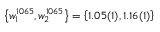
\left\{ w _ { 1 } ^ { 1 0 6 5 } , w _ { 2 } ^ { 1 0 6 5 } \right\} = \left\{ 1 . 0 5 ( 1 ) , 1 . 1 6 ( 1 ) \right\}